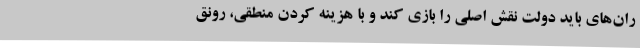
ران‌های باید دولت نقش اصلی را بازی کند و با هزینه کردن منطقی، رونق